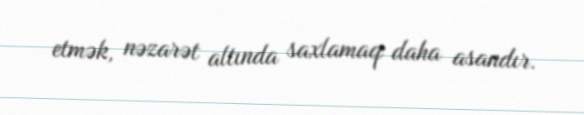
etmək, nəzarət altında saxlamaq daha asandır.